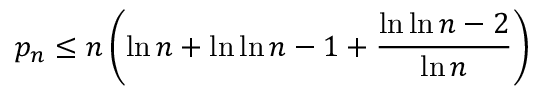
p _ { n } \leq n \left( \ln n + \ln \ln n - 1 + { \frac { \ln \ln n - 2 } { \ln n } } \right)